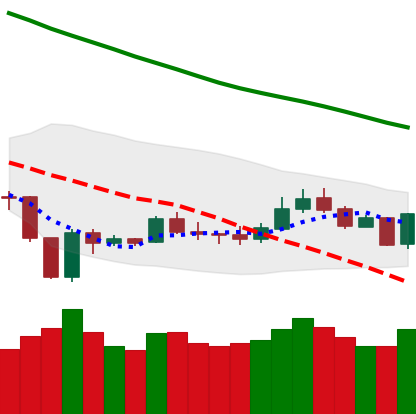
Ticker: LTC-USD
Chart end date: 2020-01-03
Forward return: 7.634%
Label: up_7plus